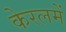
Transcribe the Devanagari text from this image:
केरलमें